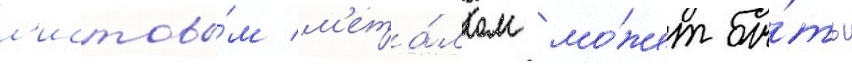
л'истовы́м м'ета́ллом мо́жет бы́ть